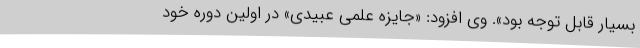
بسیار قابل توجه بود». وی افزود: «جایزه علمی عبیدی» در اولین دوره خود